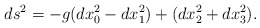
\begin{align*}ds^2=-g(dx_0^2-dx_1^2)+(dx_2^2+dx_3^2).\end{align*}